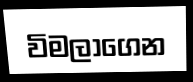
විමලාගෙන